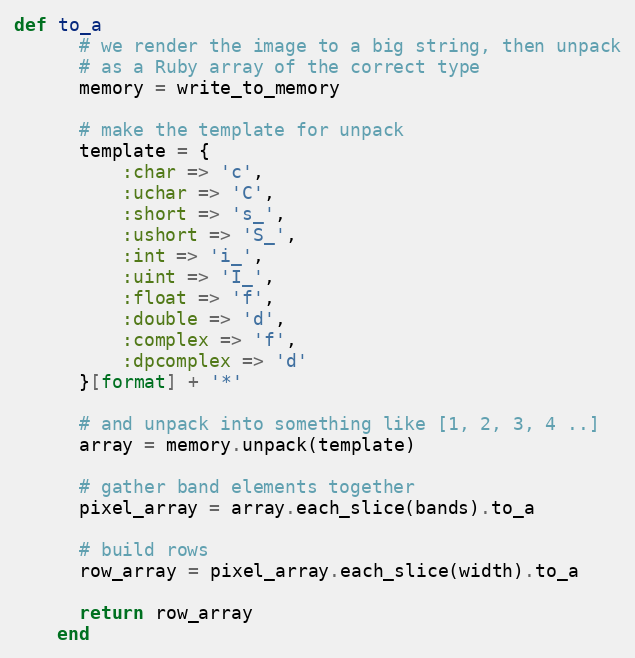
Language: Ruby
def to_a
      # we render the image to a big string, then unpack
      # as a Ruby array of the correct type
      memory = write_to_memory

      # make the template for unpack
      template = {
          :char => 'c',
          :uchar => 'C',
          :short => 's_',
          :ushort => 'S_',
          :int => 'i_',
          :uint => 'I_',
          :float => 'f',
          :double => 'd',
          :complex => 'f',
          :dpcomplex => 'd'
      }[format] + '*'

      # and unpack into something like [1, 2, 3, 4 ..]
      array = memory.unpack(template)

      # gather band elements together
      pixel_array = array.each_slice(bands).to_a

      # build rows
      row_array = pixel_array.each_slice(width).to_a

      return row_array
    end